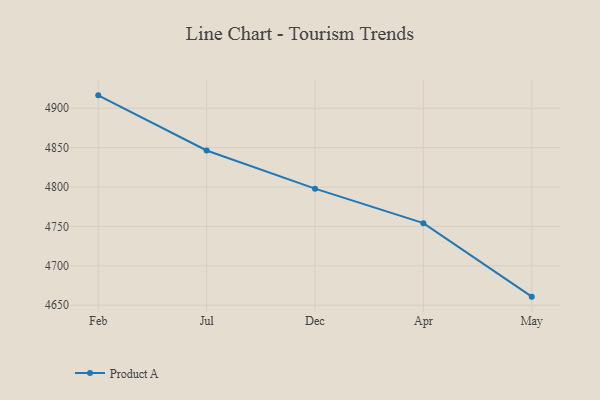
{"axis": {"x": "Month", "y": "Budget (USD K)"}, "legend": ["Product A"], "data": [{"x": "Feb", "y": 4916.3, "type": "Product A"}, {"x": "Jul", "y": 4846.3, "type": "Product A"}, {"x": "Dec", "y": 4797.9, "type": "Product A"}, {"x": "Apr", "y": 4754.1, "type": "Product A"}, {"x": "May", "y": 4660.8, "type": "Product A"}]}